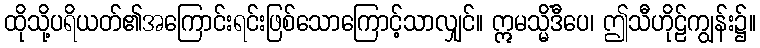
ထိုသို့ပရိယတ်၏အကြောင်းရင်းဖြစ်သောကြောင့်သာလျှင်။ ဣမသ္မိံဒီပေ၊ ဤသီဟိုဠ်ကျွန်း၌။